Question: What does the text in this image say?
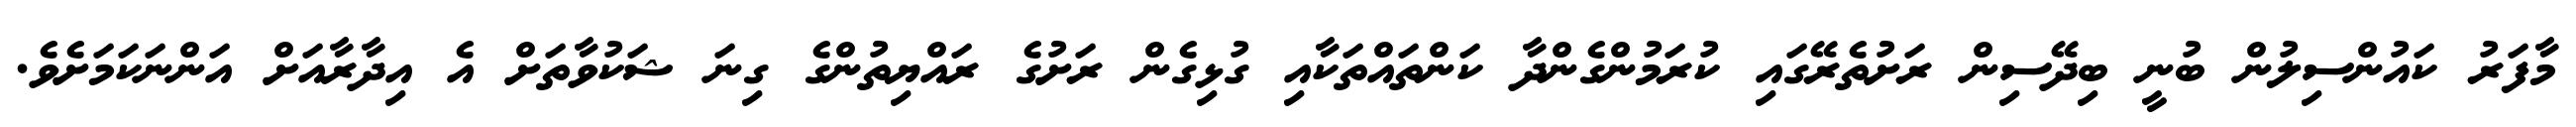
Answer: މާފަރު ކައުންސިލުން ބުނީ ބިދޭސިން ރަށުތެރޭގައި ކުރަމުންގެންދާ ކަންތައްތަކާއި ގުޅިގެން ރަށުގެ ރައްޔިތުންގެ ގިނަ ޝަކުވާތަށް އެ އިދާރާއަށް އަންނަކަމަށެވެ.